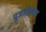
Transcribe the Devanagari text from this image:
पुजारीटोला